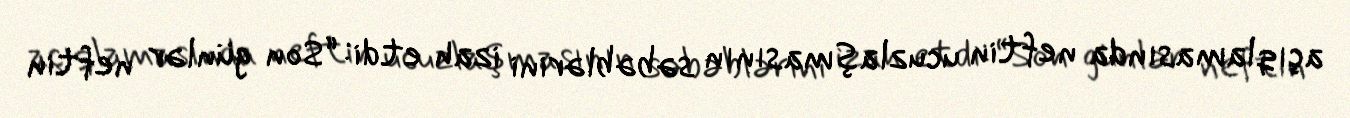
açıqlamasında neftin ucuzlaşmasının səbəblərini izah etdi: “Son günlər neftin